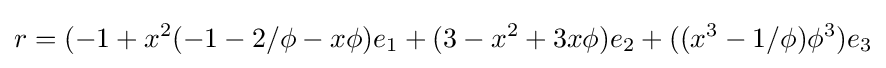
r=(-1+x^{2}(-1-2/\phi -x\phi )e_{1}+(3-x^{2}+3x\phi )e_{2}+((x^{3}-1/\phi )\phi ^{3})e_{3}